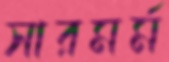
সারমর্ম